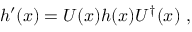
h ^ { \prime } ( x ) = U ( x ) h ( x ) U ^ { \dagger } ( x ) \ ,